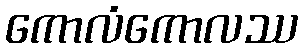
ကောလံကောလဿ